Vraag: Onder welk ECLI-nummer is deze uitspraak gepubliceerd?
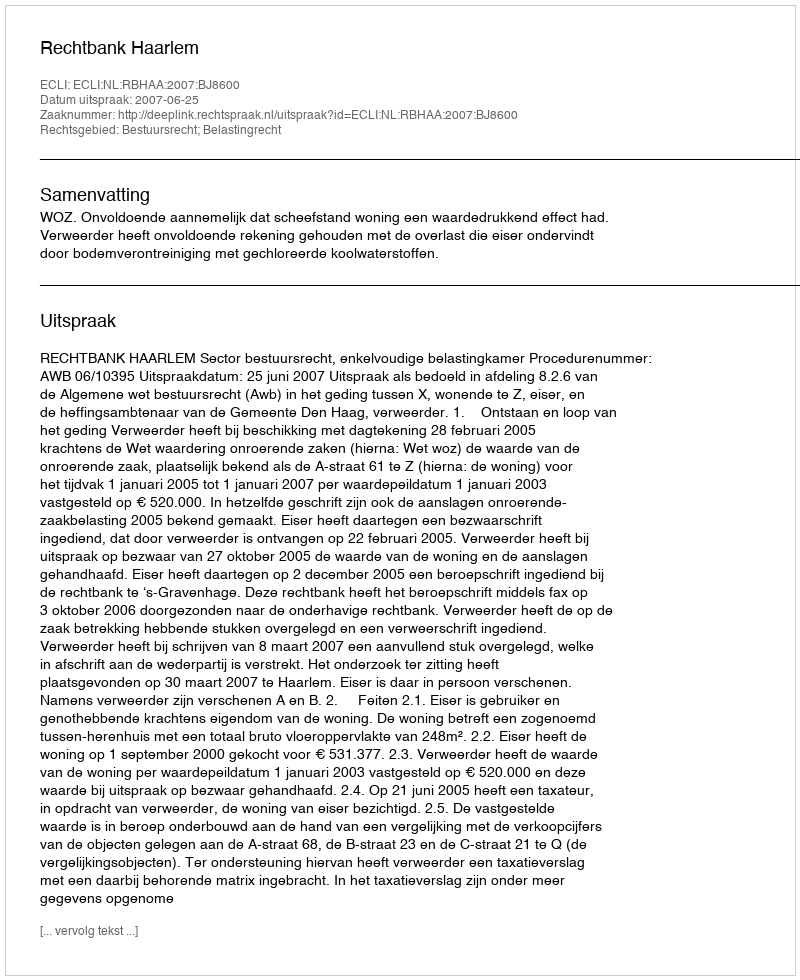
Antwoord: ECLI:NL:RBHAA:2007:BJ8600